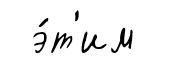
э́т'им